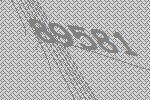
89581